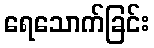
ရေသောက်ခြင်း